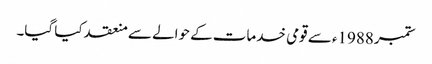
ستمبر1988ء سے قومی خدمات کے حوالے سے منعقد کیا گیا۔